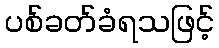
ပစ်ခတ်ခံရသဖြင့်